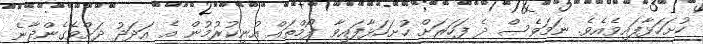
ހުށަހަޅާފައިވެއެވެ. ނަމަވެސް ދެ ފަހަރަށް ހުށަހަޅާފައިވާ ފޯމްތައް އުނިކުރުމުން އެ އަދަދު ދަށްވެގެންދާނެ